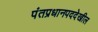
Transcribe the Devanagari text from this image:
पंतप्रधानपददेखील